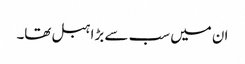
ان میں سب سے بڑا ہبل تھا۔